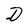
Character: D